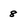
Character: 8